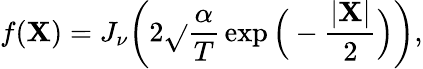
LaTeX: f(\mathbf{X})=J_{\nu}\bigg(2\sqrt{}{{\frac{{\alpha}}{{T}}}}\exp\Big(-\frac{{|\mathbf{X}|}}{{2}}\Big)\bigg),